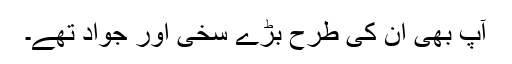
آپ بھی ان کی طرح بڑے سخی اور جوّاد تھے۔